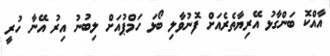
އާއްކޮ ބަންގާޅު އޭރިޔާތެރެއަށް ފޮނުވާލި ބޯޅަ ހަމްޕުއަށް ލިބުނު އިރު އޭނާ ހުރީ